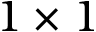
1 \times 1